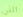
التي